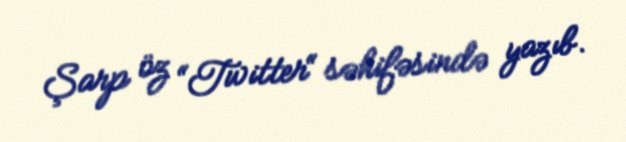
Şarp öz “Twitter“ səhifəsində yazıb.